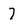
Character: 7